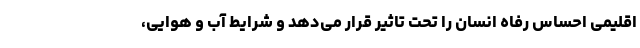
اقلیمی احساس رفاه انسان را تحت تاثیر قرار می‌دهد و شرایط آب و هوایی،